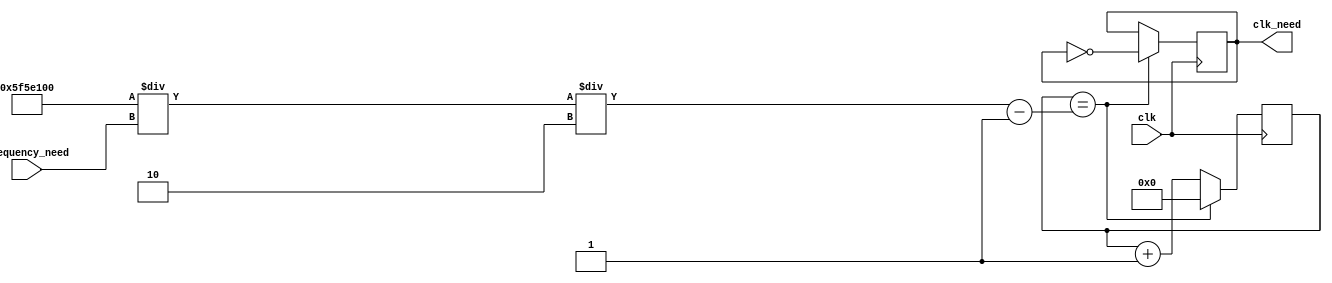
`timescale 1ns / 1ps
//////////////////////////////////////////////////////////////////////////////////
// Company: 
// Engineer: 
// 
// Design Name: 
// Module Name: divier
// Project Name: 
// Target Devices: 
// Tool Versions: 
// Description: 
// 
// Dependencies: 
// 
// Revision:
// Revision 0.01 - File Created
// Additional Comments:
// 
//////////////////////////////////////////////////////////////////////////////////


module divider
(
    input clk,
    input [31:0] frequency_need,
    output reg clk_need
);
    parameter frequency_before = 32'd100_000_000;  
    reg [31:0] counter;
    //parameter frequency_need = 200;   
    wire [31:0] N; 
    
    assign N = (frequency_before/frequency_need) / 2;
    initial counter = 0;
    initial clk_need = 0;   
    
    always @(posedge clk)
        begin
            counter <= counter+1;
            if(counter == N-1)   
            begin 
                clk_need <= ~clk_need;
                counter <= 0;
            end
        end
endmodule